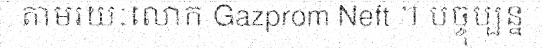
តាមរយៈលោក Gazprom Neft ។ បច្ចុប្បន្ន